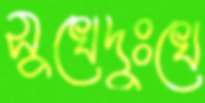
সুখেদুঃখে